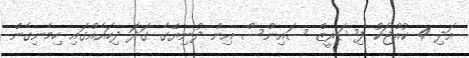
އަދި 4 ކުއްޖަކު ފިޝަރީޒް ސައިންސް އިން ދުނިޔޭގެ ގަދަ ދިހައެއްގައި ހިމެނިގެން